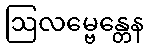
ဩလမ္ဗေန္တေန